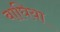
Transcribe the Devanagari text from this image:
बाघिया